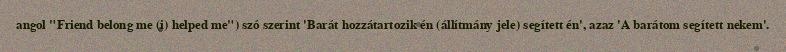
angol "Friend belong me (i) helped me") szó szerint 'Barát hozzátartozik én (állítmány jele) segített én', azaz 'A barátom segített nekem'.